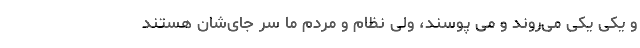
و یکی یکی می‌روند و می پوسند، ولی نظام و مردم ما سر جای‌شان هستند